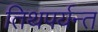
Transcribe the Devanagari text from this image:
तिथपर्यन्त